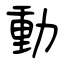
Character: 動